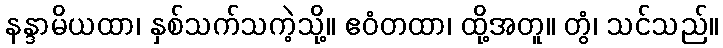
နန္ဒာမိယထာ၊ နှစ်သက်သကဲ့သို့။ ဧဝံတထာ၊ ထို့အတူ။ တွံ၊ သင်သည်။